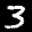
Label: 3